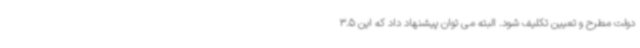
دولت مطرح و تعیین تکلیف شود. البته می توان پیشنهاد داد که این 3.5